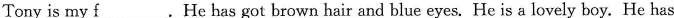
Tony is my f___.He has got brown hair and blue eyes. He is a lovely boy. He has